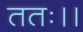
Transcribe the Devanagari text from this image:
ततः।।